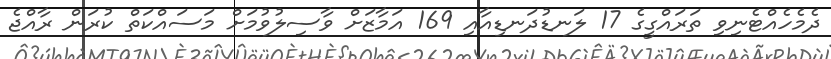
ދެމެހެއްޓެނިވި ތަރައްގީގެ 17 ލަނޑުދަނޑިއާއި 169 އަމާޒަށް ވާސިލުވުމަށް މަސައްކަތް ކުރަން ރާއްޖެ